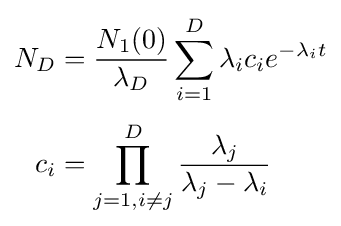
{\begin{aligned}N_{D}&={\frac {N_{1}(0)}{\lambda _{D}}}\sum _{i=1}^{D}\lambda _{i}c_{i}e^{-\lambda _{i}t}\\[3pt]c_{i}&=\prod _{j=1,i\neq j}^{D}{\frac {\lambda _{j}}{\lambda _{j}-\lambda _{i}}}\end{aligned}}